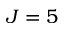
J = 5